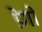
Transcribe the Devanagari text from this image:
प्रेगो